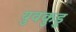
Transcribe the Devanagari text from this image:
युवकुडु